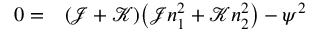
\begin{array} { r l } { 0 = } & { { } ( \mathcal { J } + \mathcal { K } ) \big ( \mathcal { J } n _ { 1 } ^ { 2 } + \mathcal { K } n _ { 2 } ^ { 2 } \big ) - \psi ^ { 2 } } \end{array}